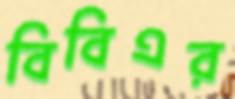
বিবিএর